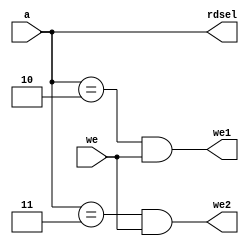
module gpio_ad(
    input we,
    input [1:0] a,
    output we1, we2,
    output [1:0] rdsel
);

assign we1 = (a == 2'b10) & we;
assign we2 = (a == 2'b11) & we;
assign rdsel = a;

endmodule